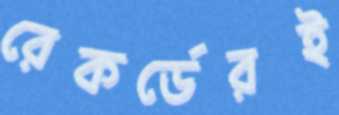
রেকর্ডেরই